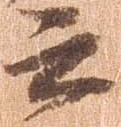
云